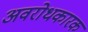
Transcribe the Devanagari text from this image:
अवरोधकारक